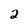
Character: 2